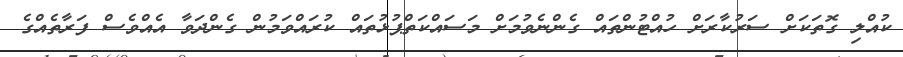
ކުއްލި ގޮތަކަށް ސަރުކާރަށް ހުއްޓުންތައް ގެންނެވުމަށް މަސައްކަތްޕުޅުތައް ކުރައްވަމުން ގެންދަވާ އެއްވެސް ފަރާތެއްގެ